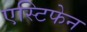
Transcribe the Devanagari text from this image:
एस्टिफेन